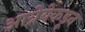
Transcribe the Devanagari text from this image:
आग्नेयेकडून